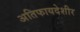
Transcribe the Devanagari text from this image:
अतिफायदेशीर